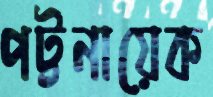
পট্টনায়েক